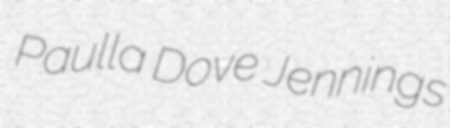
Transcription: Paulla Dove Jennings